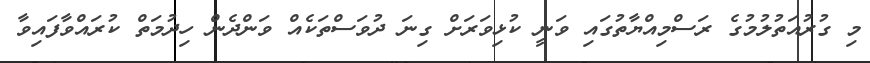
މި ގުރުއަތުލުމުގެ ރަސްމިއްޔާތުގައި ވަނީ ކުޅިވަރަށް ގިނަ ދުވަސްތަކެއް ވަންދެން ހިދުމަތް ކުރައްވާފައިވާ